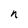
Character: n